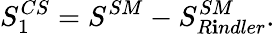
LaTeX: S_{1}^{CS}=S^{SM}-S_{R\mathbf{i}ndler}^{SM}.